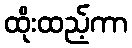
ထိုးထည့်ကာ